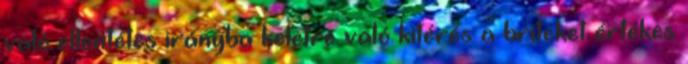
való ellentétes irányba keletre való kitérés a briteket értékes